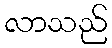
လာသည်